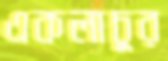
একলাচুর